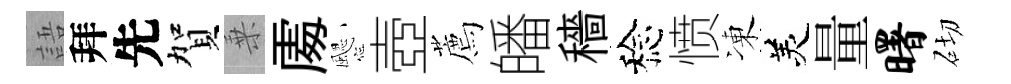
語拜先賀乗𠁅颸壺薦皤穡稔愤凍羙量曙砌